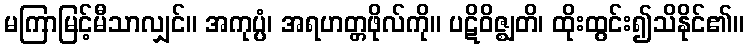
မကြာမြင့်မီသာလျှင်။ အကုပ္ပံ၊ အရဟတ္တဖိုလ်ကို။ ပဋိဝိဇ္ဈတိ၊ ထိုးထွင်း၍သိနိုင်၏။